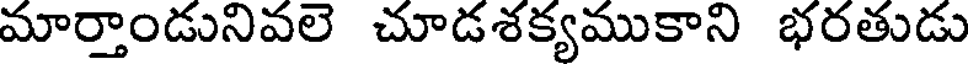
మార్తాండునివలె చూడశక్యముకాని భరతుడు